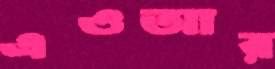
এওআর